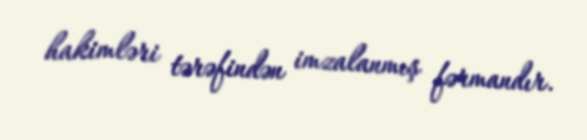
hakimləri tərəfindən imzalanmış fərmandır.